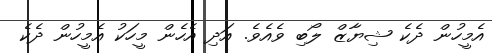
އެމީހުން ދެކެ ޝިޔާޒް ލޯބި ވެއެވެ. އަދި އެހެން މީހަކު އެމީހުން ދެކެ